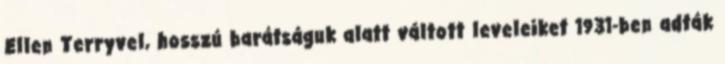
Ellen Terryvel, hosszú barátságuk alatt váltott leveleiket 1931-ben adták